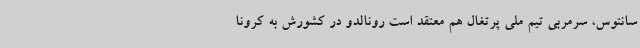
سانتوس، سرمربی تیم ملی پرتغال هم معتقد است رونالدو در کشورش به کرونا